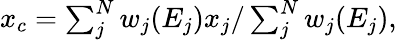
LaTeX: \begin{array}{cll}{x_{c}=\sum_{j}^{N}w_{j}(E_{j})x_{j}/\sum_{j}^{N}w_{j}(E_{j}),}\end{array}